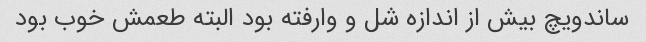
ساندویچ بیش از اندازه شل و وارفته بود البته طعمش خوب بود